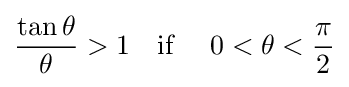
{\frac {\tan \theta }{\theta }}>1\quad {\text{if }}\quad 0<\theta <{\frac {\pi }{2}}